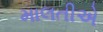
માલતીએ